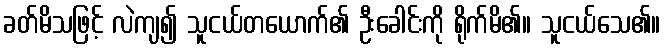
ခတ်မိသဖြင့် လဲကျ၍ သူငယ်တယောက်၏ ဦးခေါင်းကို ရိုက်မိ၏။ သူငယ်သေ၏။